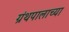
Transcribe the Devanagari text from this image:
ग्रंथपालाच्या